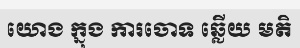
យោង ក្នុង ការចោទ ឆ្លើយ មតិ